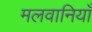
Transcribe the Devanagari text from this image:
मलवानियाँ